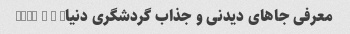
معرفی جاهای دیدنی و جذاب گردشگری دنیا� � � ✈⛵��